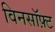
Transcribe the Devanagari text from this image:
विनसॉफ़्ट